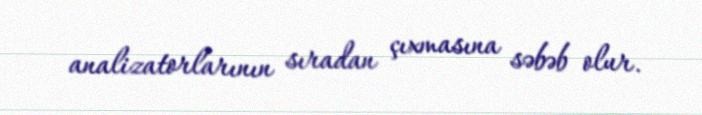
analizatorlarının sıradan çıxmasına səbəb olur.